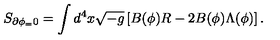
S _ { \partial \phi _ { = } 0 } = \int d ^ { 4 } x \sqrt { - g } \left[ B ( \phi ) R - 2 B ( \phi ) \Lambda ( \phi ) \right] .